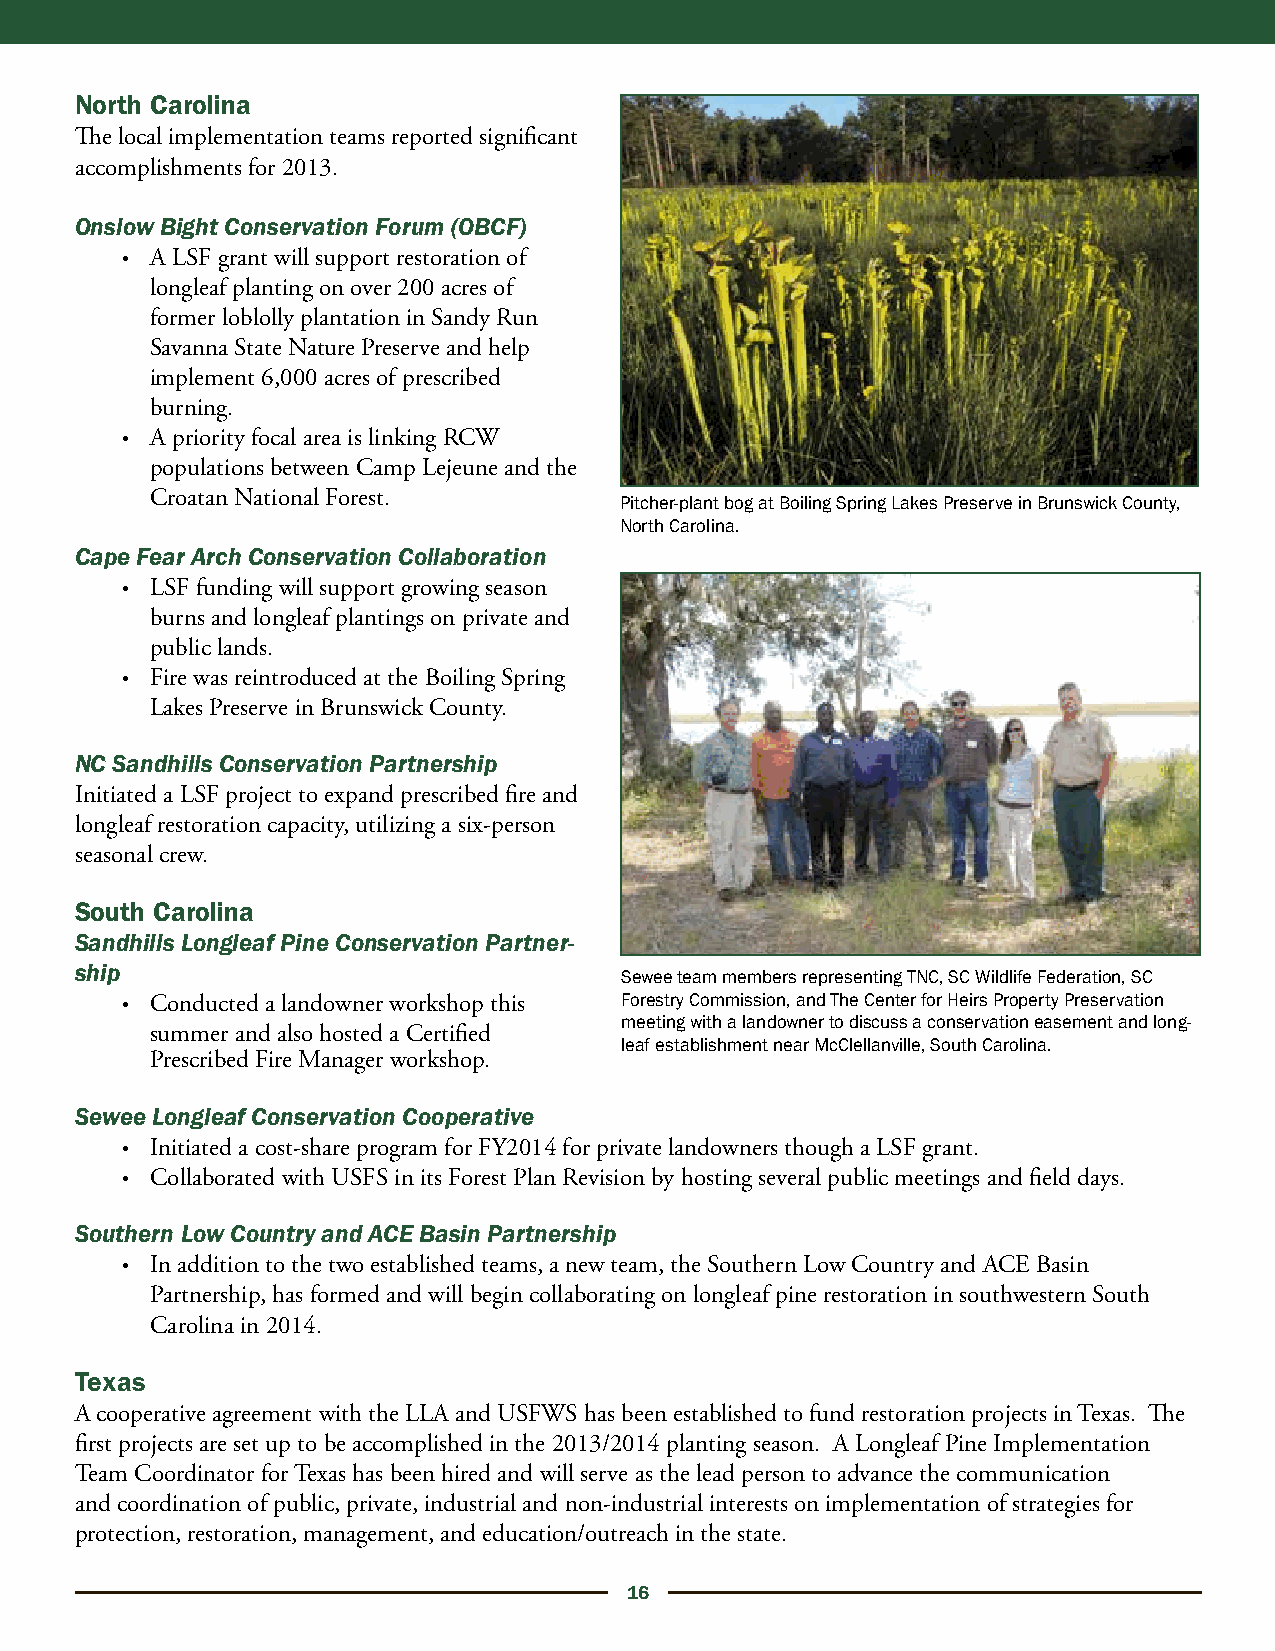
North Carolina
 The local implementation teams reported significant
 accomplishments for 2013.
 Onslow Bight Conservation Forum (OBCF)
 • A LSF grant will support restoration of
 longleaf planting on over 200 acres of
 former loblolly plantation in Sandy Run
 Savanna State Nature Preserve and help
 implement 6,000 acres of prescribed
 burning.
 • A priority focal area is linking RCW
 populations between Camp Lejeune and the
 Croatan National Forest.
 Pitcher-plant bog at Boiling Spring Lakes Preserve in Brunswick County,
 North Carolina.
 Cape Fear Arch Conservation Collaboration
 • LSF funding will support growing season
 burns and longleaf plantings on private and
 public lands.
 • Fire was reintroduced at the Boiling Spring
 Lakes Preserve in Brunswick County.
 NC Sandhills Conservation Partnership
 Initiated a LSF project to expand prescribed fire and
 longleaf restoration capacity, utilizing a six-person
 seasonal crew.
 South Carolina
 Sandhills Longleaf Pine Conservation Partner-
 ship
 Sewee team members representing TNC, SC Wildlife Federation, SC
 • Conducted a landowner workshop this Forestry Commission, and The Center for Heirs Property Preservation
 meeting with a landowner to discuss a conservation easement and long-
 summer and also hosted a Certified
 leaf establishment near McClellanville, South Carolina.
 Prescribed Fire Manager workshop.
 Sewee Longleaf Conservation Cooperative
 • Initiated a cost-share program for FY2014 for private landowners though a LSF grant.
 • Collaborated with USFS in its Forest Plan Revision by hosting several public meetings and field days.
 Southern Low Country and ACE Basin Partnership
 • In addition to the two established teams, a new team, the Southern Low Country and ACE Basin
 Partnership, has formed and will begin collaborating on longleaf pine restoration in southwestern South
 Carolina in 2014.
 Texas
 A cooperative agreement with the LLA and USFWS has been established to fund restoration projects in Texas. The
 first projects are set up to be accomplished in the 2013/2014 planting season. A Longleaf Pine Implementation
 Team Coordinator for Texas has been hired and will serve as the lead person to advance the communication
 and coordination of public, private, industrial and non-industrial interests on implementation of strategies for
 protection, restoration, management, and education/outreach in the state.
 16